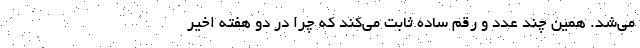
می‌شد. همین چند عدد و رقم ساده ثابت می‌کند که چرا در دو هفته اخیر